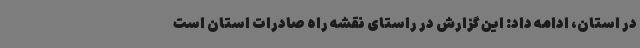
در استان، ادامه داد: این گزارش در راستای نقشه راه صادرات استان است